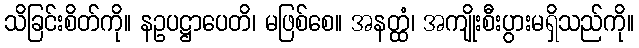
သိခြင်းစိတ်ကို။ နဥပဋ္ဌာပေတိ၊ မဖြစ်စေ။ အနတ္ထံ၊ အကျိုးစီးပွားမရှိသည်ကို။